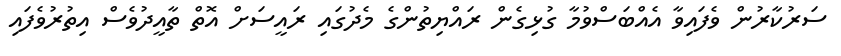
ސަރުކާރުން ވެފައިވާ އެއްބަސްވުމާ ގުޅިގެން ރައްޔިތުންގެ މެދުގައި ރައީސަށް އޮތް ތާއީދުވެސް އިތުރުވެފައި